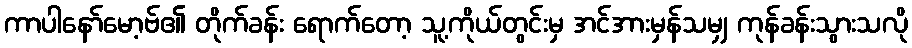
ကာပါနော်မော့ဗ်၏ တိုက်ခန်း ရောက်တော့ သူ့ကိုယ်တွင်းမှ အင်အားမှန်သမျှ ကုန်ခန်းသွားသလို